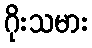
ဂိုးသမား